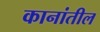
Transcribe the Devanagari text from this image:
कानांतील